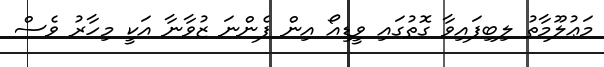
މަޢުލޫމާތު ލިބިފައިވާ ގޮތުގައި ވީޑިއޯ އިން ފެންނަ ޒުވާނާ އަކީ މިހާރު ވެސް